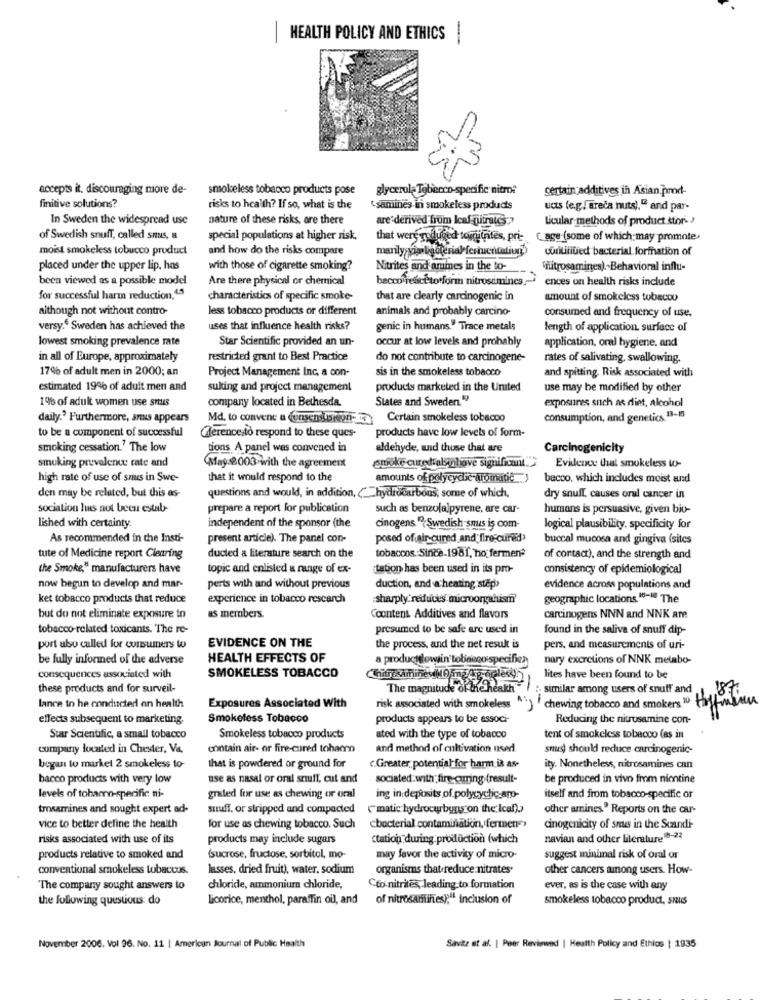
HEALTH POLICY AND ETHICS
accepts it. discouraging more de-
smokeless tobacco products pose
glycerol- Tobacco-specific nitro:
certain additives in Asian prod-
finitive solutions?
risks to health? If so, what is the
'samines in smokeless products
ucts (e.g ., areca nuts)," and par-
In Sweden the widespread use
nature of these risks, are there
are derived from leaf gitrates:>
Licular methods of product stor
of Swedish snuff, called snus, a
special populations at higher risk.
that were reduced tomyfrites, pri-
Cage (some of which may promote,
moist smokeless tobucco product
and how do the risks compare
manly vip bacterial feriuentution)
continued bacterial formation of
placed under the upper lip, has
with those of cigarette smoking?
Nitrites and amines in the to-
nitrosamines). Behavioral influ-
been viewed as a possible model
Are there physical or chemical
bacco react to form nitrosimincs .-
ences on health risks include
for successful harm reduction. 4.3
characteristics of specific smoke-
that are clearly carcinogenic in
amount of smokeless tobecou
although not without contro-
less tobacco products or different
animals and probably carcino-
consumed and frequency of use.
versy. Sweden has achieved the
uses that influence health risks?
genic in humans." Trace metals
length of application, surface of
lowest smoking prevalence rate
Star Scientific provided an un-
occur at low levels and probably
application, oral hygiene, and
in all of Europe, approximately
restricted grant to Best Practice
do not contribute to carcinogene-
rates of salivating, swallowing.
17% of adult men in 2000; an
sis in the smokeless tobacco
and spitting. Risk associated with
Project Management Inc, a con-
estimated 19% of adult men and
sulting and project management
products marketed in the United
use may be modified by other
company located in Bethesda.
States and Sweden "
1% of adult women use snus
exposures such as diet, alcohol
daily.' Furthermore, snus appears
Md. to convene a Consensusregn-17 Certain smokeless tobacco
consumption, and genetics. 13-15
to be a component of successful
products have low levels of form-
Glerence to respond to these ques-
smoking cessation.' The low
tions. A panel wes convened in
aldehyde, and those that are
Carcinogenicity
smoking prevalenwe rate and
smoke cured alsohave significant">
May 2003 with the agreement
Evidence that smokeless to-
high rate of use of snus in Swe-
that it would respond to the
amounts of polycydic aromade
bacco, which includes moist and
den may be related, but this as-
questions and would, in addition, (hydrocarbons; some of which,
dry snull. causes oral cancer in
sociation has not been estab-
prepare a report for publication
such as benzolalpyrene, are car-
humans is persuasive, given bio-
lished with certainty
independent of the sponsor (the
cinogens "{ Swedish smas is com-
logical plausibility, specificity for
As recommended in the Insti-
present article). The panel con-
posed of air-cured and fire curd>
buccal mucosa and gingiva (sites
tute of Medicine report Clearing
ducted a literature search on the
tobaccos .: Since-1981, ho fermen?
of contact), and the strength and
the Smoke," manufacturers have
topic and enlisted a range of ex-
tation has been used in its pro-
consistency of epidemiological
now begun to develop and mar-
perts with and without previous
duction, and a heating step
evidence across populations and
ket tobacco products that reduce
experience in tobacco rescarch
sharply'reduces microorganismi
geographic locations 16-10 The
but do not eliminate exposure to
as members.
Coontent Additives and flavors
carcinogens NNN and NNK aTe
tobacco-related toxicants. The re-
presumed to be safe are used in
found in the saliva of snuff dip-
EVIDENCE ON THE
port also called for consumers wo
the process, and the net result is
pers, and measurements of uri-
be fully informed of the adverse
HEALTH EFFECTS OF
a producttlowin tobacco specifica
nary excretions of NNK metabo-
SMOKELESS TOBACCO
consequences associated with
lites have been found to be
these products and for surveil-
The magnitude of the health
. similar among users of snuff and
lance to he conducted on health
Exposures Associated With
risk associated with smokeless) chewing tobacco and smokers
effects subsequent to marketing.
Smokeless Tobacco
products appears to be associ-
Reducing the nitrusamine con-
Star Scientific, a small tobacco
Smokeless tobacco products
ated with the type of tobacco
tent of smokeless tobacco (as in
company located in Chester, Va,
contain air- or fire-cured tohanno
and method of cultivation used.
snus) should reduce carcinogenic-
began to market 2 smokeless to-
that is powdered or ground for
c.Greater, potential for harm is as-
ity. Nonetheless, nitrosamines can
bacco products with very low
use as nasal or oral snuff, cut and
sociated.with; fire-curing (result-
be produced in vivo from niontine
levels of tohanno-specific ni-
graled for use as chewing or oral
ing in deposits of polycyclic aro-
itself and from tobacco-specific or
trosamines and sought expert ad-
suuff, or stripped and compacted
matic hydrocarbons on the Icaf)
other amines." Reports on the car-
vice to better define the health
for use as chewing tobacco. Such
cbacterial contamination, fermen">
cinogenicity of snus in the Scandi-
risks associated with use of its
products may include sugars
ctation during production (which
navian and other literature18-22
products relative to smoked and
(sucrose, fructose, sorbitol, mo-
may favor the activity of micro-
suggest minimal risk of oral or
conventional smokeless tobaccus.
lasses, dried fruit), water, sodium
organisms that reduce nitrates'
other cancers among users. How-
The company sought answers to
chloride, ammonium chloride,
Cto nitrites, leading to formation
ever, as is the case with any
the following questions: do
licorice, menthol, paraffin oil, and
of nitrosamtintes," inclusion of
smokeless tobacco product, snus
November 2006. Vol 96. No. 11 | American Journal of Public Health
Savitz et al. | Peer Reviewed | Health Policy and Ethics | 1935